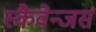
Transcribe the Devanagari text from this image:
स्कैवेन्जर्स